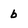
Character: b